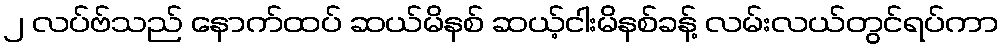
၂ လပ်ဗ်သည် နောက်ထပ် ဆယ်မိနစ် ဆယ့်ငါးမိနစ်ခန့် လမ်းလယ်တွင်ရပ်ကာ